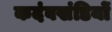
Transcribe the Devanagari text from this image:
कदंवखंडियों